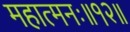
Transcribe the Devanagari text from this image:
महात्मनः॥१२॥